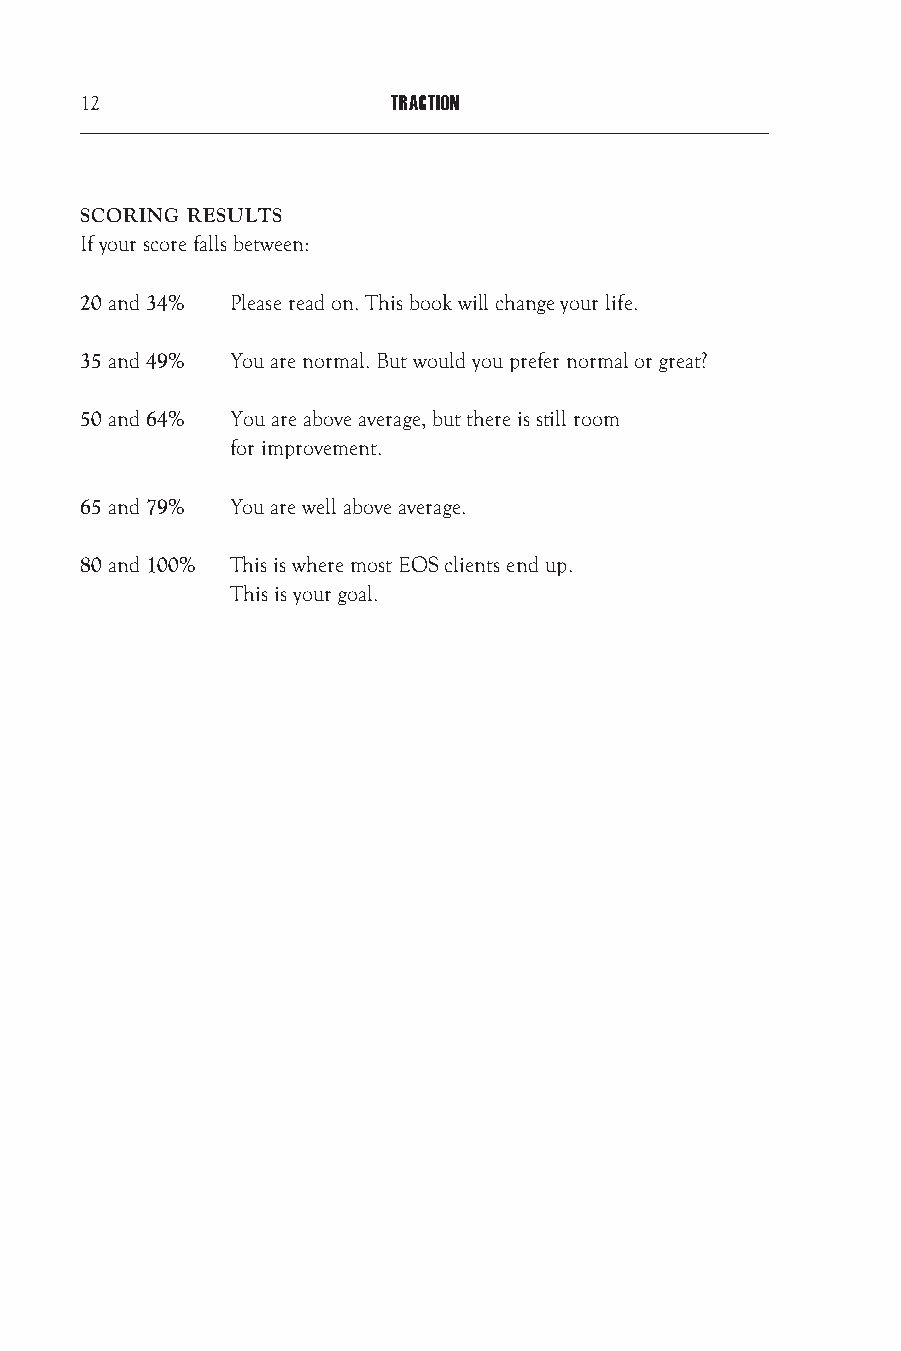
12                   TRACTION
 SCORING RESULTS
 If your score falls between:
 20 and 34% Please read on. This book will change your life.
 35 and 49% You are normal. But would you prefer normal or great?
 50 and 64% You are above average, but there is still room
 for improvement.
 65 and 79% You are well above average.
 80 and 100% This is where most EOS clients end up.
 This is your goal.